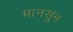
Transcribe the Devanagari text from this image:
मानसुन